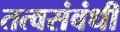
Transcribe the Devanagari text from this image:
तत्वसंबंधी